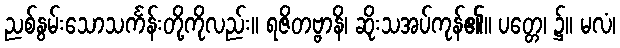
ညစ်နွမ်းသောသင်္ကန်းတို့ကိုလည်း။ ရဇိတဗ္ဗာနိ၊ ဆိုးသအပ်ကုန်၏။ ပတ္တေ၊ ၌။ မလံ၊